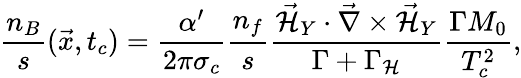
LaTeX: \frac{n_{B}}{s}(\vec{x},t_{c})=\frac{\alpha^{\prime}}{2\pi\sigma_{c}}\frac{n_{f}}{s}\frac{{\vec{{\cal H}}}_{Y}\cdot\vec{\nabla}\times{\vec{{\cal H}}}_{Y}}{\Gamma+\Gamma_{{\cal H}}}\frac{\Gamma M_{0}}{T_{c}^{2}},